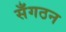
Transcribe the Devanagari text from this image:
सँगठन